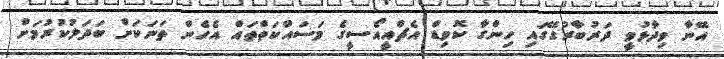
އޭނާ ވިދާޅުވީ ދަރުބާރުގޭގައި ހިންގާ ކޮވިޑް އެޗްއީއޯސީގެ މަސައްކަތްތައް އެހެން ތަނަކަށް ބަދަލުކުރުމަށް